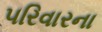
૫રિવારના